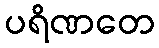
ပရိဏတေ